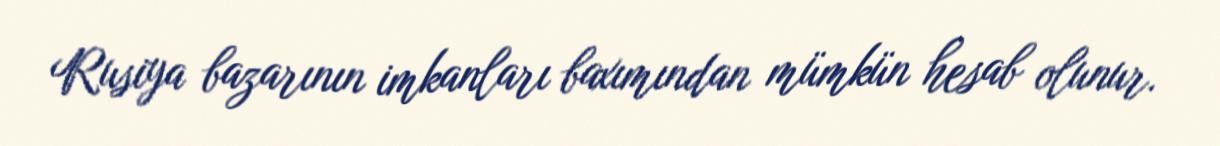
Rusiya bazarının imkanları baxımından mümkün hesab olunur.